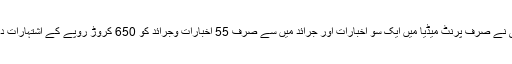
بی جے پی نے صرف پرنٹ میڈیا میں ایک سو اخبارات اور جرائد میں سے صرف 55 اخبارات وجرائد کو 650 کروڑ روپے کے اشتہارات دیئے تھے۔